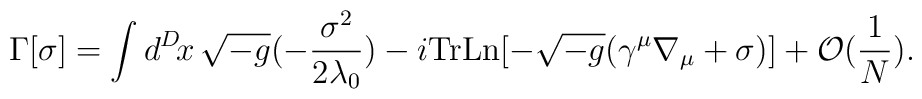
\Gamma [\sigma] = \int d^{D}\! x \, \sqrt{-g}  (-\frac{\sigma^{2}}{2\lambda_{0}})  - i \mbox{Tr}\mbox{Ln}[ -\sqrt{-g}(\gamma^{\mu}\nabla_{\mu} + \sigma)]  + {\cal O}(\frac{1}{N}) .